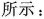
所示：